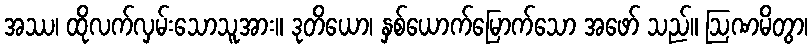
အဿ၊ ထိုလက်လှမ်းသောသူအား။ ဒုတိယော၊ နှစ်ယောက်မြောက်သော အဖော် သည်။ ဩဏမိတွာ၊